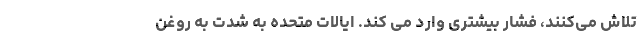
تلاش می‌کنند، فشار بیشتری وارد می کند. ایالات متحده به شدت به روغن